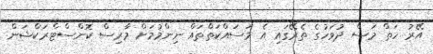
އޭރު ހަތް މަސް ދުވަހުގެ ތެރޭގައި އެ މަސައްކަތްތައް ނިންމުމަށް މާރިސް ކޮންސްޓްރަކްޝަން